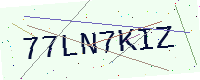
Text: 77LN7KIZ